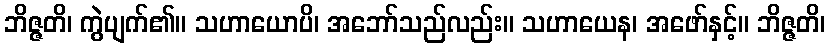
ဘိဇ္ဇတိ၊ ကွဲပျက်၏။ သဟာယောပိ၊ အဘော်သည်လည်း။ သဟာယေန၊ အဖော်နှင့်။ ဘိဇ္ဇတိ၊